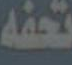
تحفه